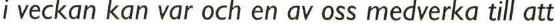
i veckan kan var och en av oss medverka till att